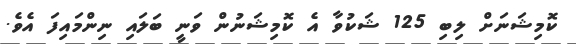
ކޮމިޝަނަށް ލިބި 125 ޝަކުވާ އެ ކޮމިޝަނުން ވަނީ ބަލައި ނިންމައިފަ އެވެ.